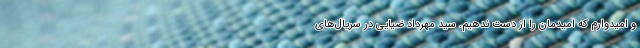
و امیدوارم که امیدمان را از دست ندهیم. سید مهرداد ضیایی در سریال‌های